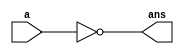
module not1x1(
  input a,
  output ans
  );

  not g1(ans,a);  

endmodule